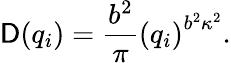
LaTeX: \mathsf{D}(q_{i})={\frac{{b^{2}}}{{\pi}}}\left(q_{i}\right)^{b^{2}\kappa^{2}}.